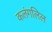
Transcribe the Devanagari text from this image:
कलंगलिल